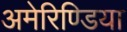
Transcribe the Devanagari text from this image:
अमेरिण्डिया